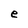
Character: e